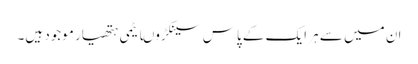
ان میں سے ہر ایک کے پاس سینکڑوںایٹمی ہتھیار موجود ہیں۔